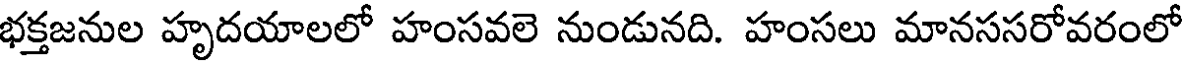
భక్తజనుల హృదయాలలో హంసవలె నుండునది. హంసలు మానససరోవరంలో